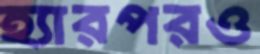
হ্যারপরও